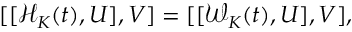
[ [ \mathcal { H } _ { K } ( t ) , U ] , V ] = [ [ \mathcal { W } _ { K } ( t ) , U ] , V ] ,